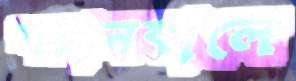
শয়ানকালে